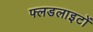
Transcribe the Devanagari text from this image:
फ्लडलाइटों